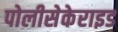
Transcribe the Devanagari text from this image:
पोलीसेकेराइड